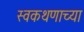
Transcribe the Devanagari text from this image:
स्वकथणाच्या